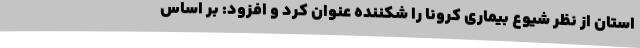
استان از نظر شیوع بیماری کرونا را شکننده عنوان کرد و افزود: بر اساس